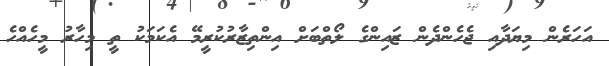
އަހަރެން މިޔަދާއި ޖެހެންދެން ޒައިންގެ ލޯތްބަށް އިންތިޒާރުކުރީމޭ އެކަމަކު ތީ މިހާރު މީހެއްހެ